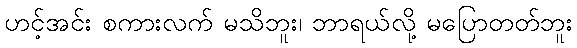
ဟင့်အင်း စကားလက် မသိဘူး၊ ဘာရယ်လို့ မပြောတတ်ဘူး